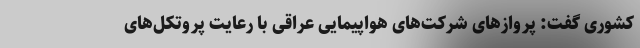
کشوری گفت: پروازهای شرکت‌های هواپیمایی عراقی با رعایت پروتکل‌های